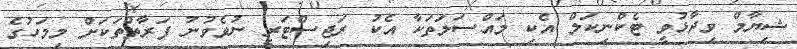
ޝިޔާމް ވިދާޅުވީ ޓެކްނިކަލް އެކި މައްސަލަތަކާ އެކު ރަޖިސްޓަރީ ނުވެވުނު ފަރާތްތަކަށް މިމަހުގެ